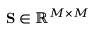
\mathbf { S } \in \mathbb { R } ^ { M \times M }